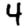
Digit: 4